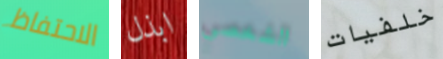
الاحتفاظ ابذل الشخصى خلفيات